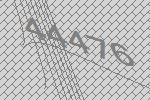
44476